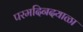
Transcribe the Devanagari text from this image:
परमदिनदयाळा